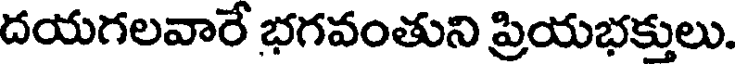
దయగలవారే భగవంతుని ప్రియభక్తులు.